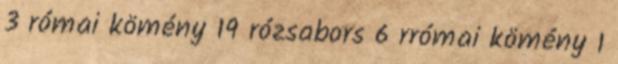
3 római kömény 19 rózsabors 6 rrómai kömény 1